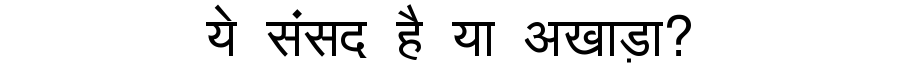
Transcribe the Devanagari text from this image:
ये संसद है या अखाड़ा?